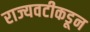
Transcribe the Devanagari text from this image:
राज्यवटीकडून